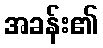
အခန်း၏